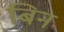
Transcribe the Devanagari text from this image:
बिन